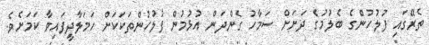
ތެރޭގައި ފުލުހުންގެ ބެލުމުގެ ދަށަށް ސަމާހު ގެންދަން އުޅުމުން ފުލުހުންތަކަކަށް ހަމަލާދީފައިވާ ކަމަށެވެ.